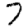
Digit: 7